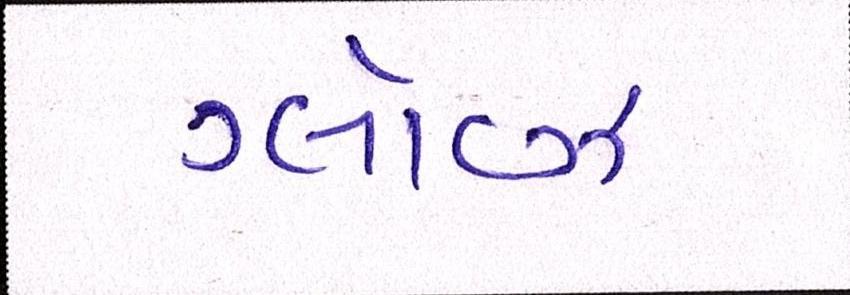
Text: ગ્લૉવ્ઝ